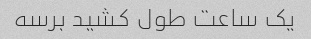
یک ساعت طول کشید برسه